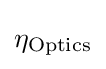
\eta _{\mathrm {Optics} }